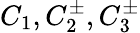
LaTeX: C_{1},C_{2}^{\pm},C_{3}^{\pm}